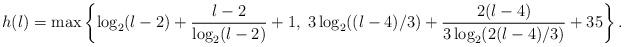
LaTeX: \begin{align*}h(l) = \max\left\{\log_2 (l-2) + \frac{l-2}{\log_2 (l-2)}+1, \; 3 \log_2 ((l-4)/3) +\frac{2(l-4)}{3\log_2(2(l-4)/3)} + 35 \right\}.\end{align*}